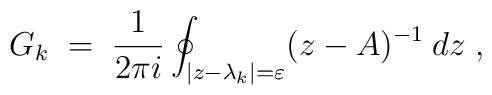
G_k \;=\; \frac{1}{2 \pi i} \oint_{|z-\lambda_k|=\varepsilon}(z-A)^{-1}\: dz\; ,